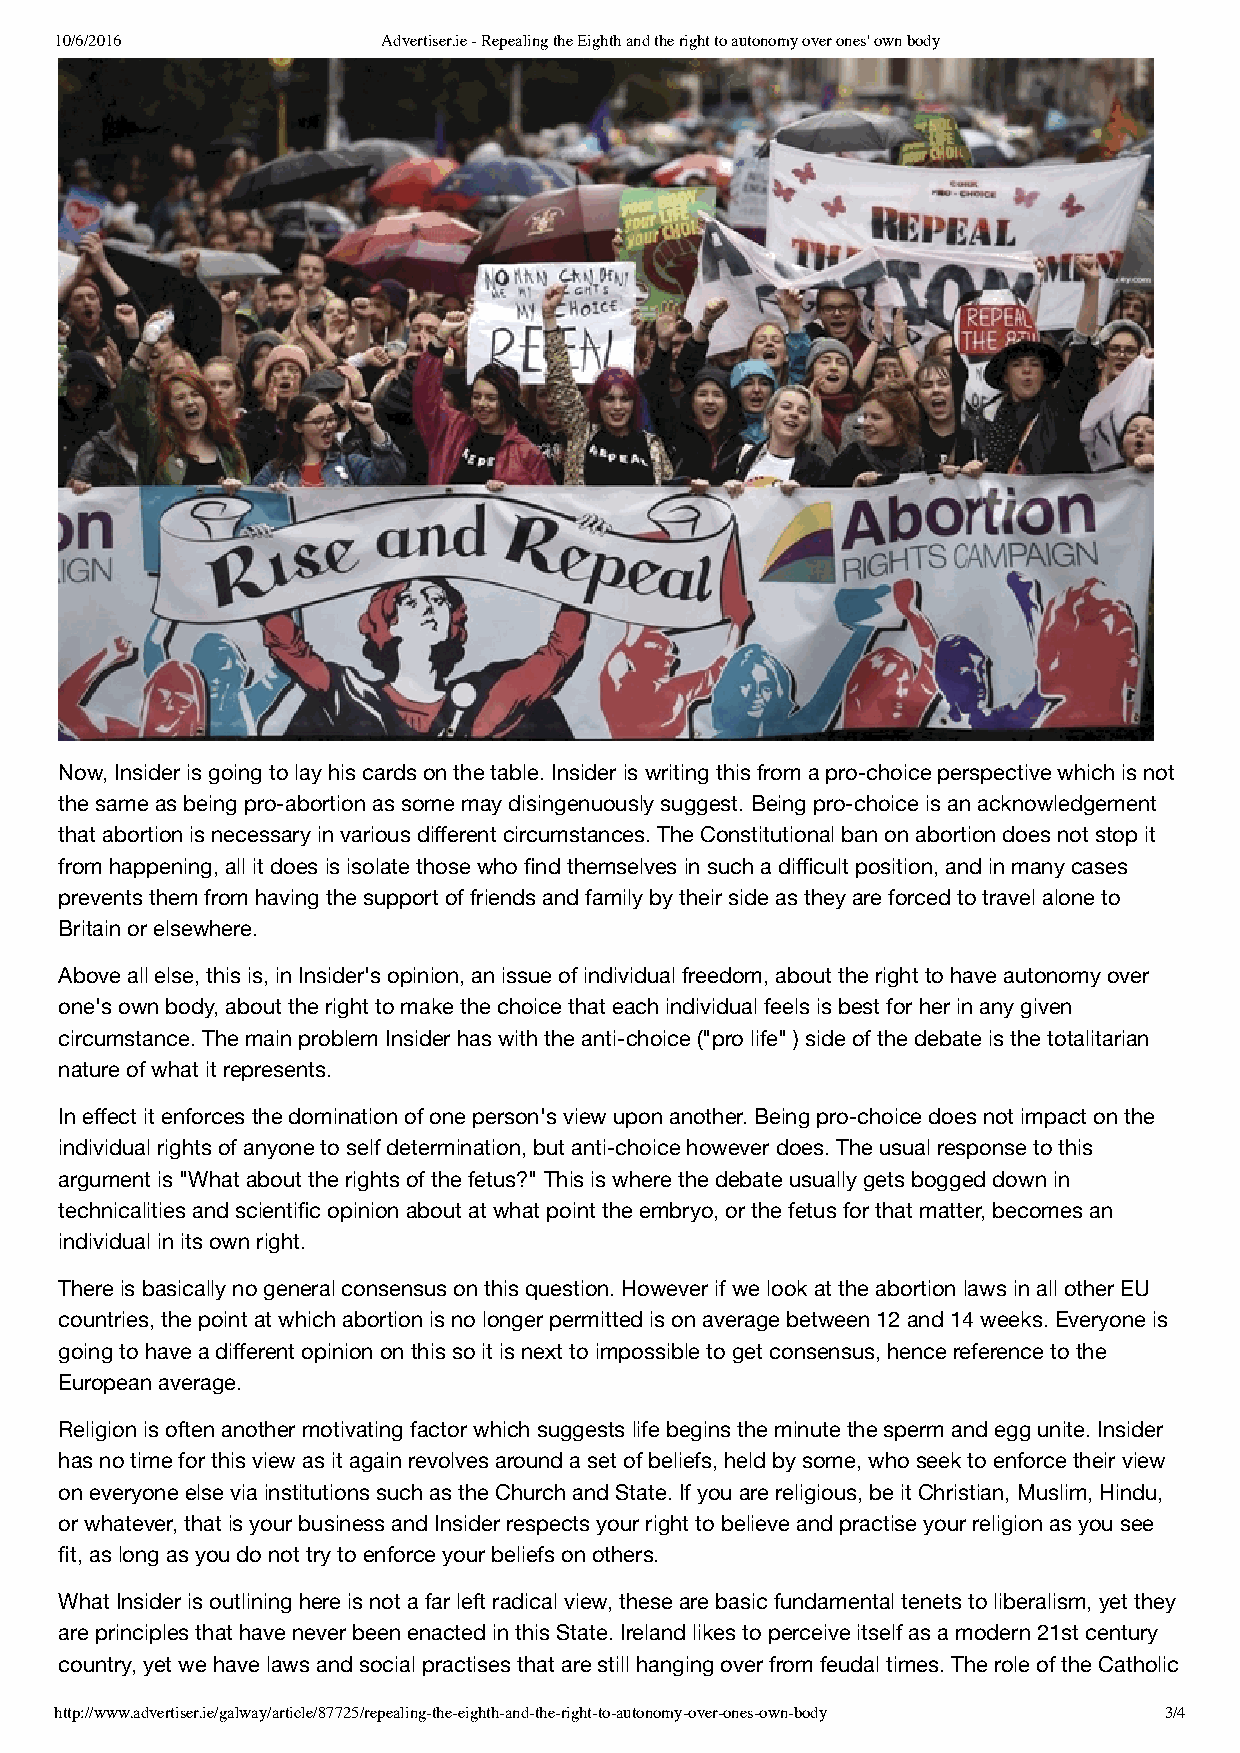
10/6/2016            Advertiser.ie - Repealing the Eighth and the right to autonomy over ones' own body
 Now, Insider is going to lay his cards on the table. Insider is writing this from a pro-choice perspective which is not
 the same as being pro-abortion as some may disingenuously suggest. Being pro-choice is an acknowledgement
 that abortion is necessary in various different circumstances. The Constitutional ban on abortion does not stop it
 from happening, all it does is isolate those who find themselves in such a difficult position, and in many cases
 prevents them from having the support of friends and family by their side as they are forced to travel alone to
 Britain or elsewhere.
 Above all else, this is, in Insider's opinion, an issue of individual freedom, about the right to have autonomy over
 one's own body, about the right to make the choice that each individual feels is best for her in any given
 circumstance. The main problem Insider has with the anti-choice ("pro life" ) side of the debate is the totalitarian
 nature of what it represents.
 In effect it enforces the domination of one person's view upon another. Being pro-choice does not impact on the
 individual rights of anyone to self determination, but anti-choice however does. The usual response to this
 argument is "What about the rights of the fetus?" This is where the debate usually gets bogged down in
 technicalities and scientific opinion about at what point the embryo, or the fetus for that matter, becomes an
 individual in its own right.
 There is basically no general consensus on this question. However if we look at the abortion laws in all other EU
 countries, the point at which abortion is no longer permitted is on average between 12 and 14 weeks. Everyone is
 going to have a different opinion on this so it is next to impossible to get consensus, hence reference to the
 European average.
 Religion is often another motivating factor which suggests life begins the minute the sperm and egg unite. Insider
 has no time for this view as it again revolves around a set of beliefs, held by some, who seek to enforce their view
 on everyone else via institutions such as the Church and State. If you are religious, be it Christian, Muslim, Hindu,
 or whatever, that is your business and Insider respects your right to believe and practise your religion as you see
 fit, as long as you do not try to enforce your beliefs on others.
 What Insider is outlining here is not a far left radical view, these are basic fundamental tenets to liberalism, yet they
 are principles that have never been enacted in this State. Ireland likes to perceive itself as a modern 21st century
 country, yet we have laws and social practises that are still hanging over from feudal times. The role of the Catholic
 http://www.advertiser.ie/galway/article/87725/repealing-the-eighth-and-the-right-to-autonomy-over-ones-own-body 3/4